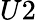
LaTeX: U2